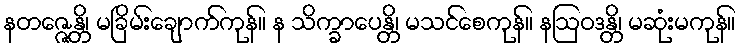
နတဇ္ဇေန္တိ၊ မခြိမ်းချောက်ကုန်။ န သိက္ခာပေန္တိ၊ မသင်စေကုန်။ နဩဝဒန္တိ၊ မဆုံးမကုန်။